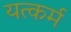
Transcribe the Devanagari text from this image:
यत्कर्म